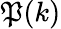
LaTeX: \mathfrak{P}(k)